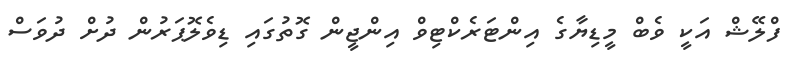
ފްލޭޝް އަކީ ވެބް މީޑިޔާގެ އިންޓަރެކްޓިވް އިންޖީން ގޮތުގައި ޑިވެލޮޕަރުން ދުށް ދުވަސް